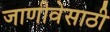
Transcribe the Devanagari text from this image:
जाणीवेसाठी